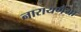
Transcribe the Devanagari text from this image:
नारायणैया